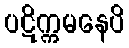
ပဋိက္ကမနေပိ